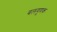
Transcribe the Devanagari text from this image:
बलगुणक